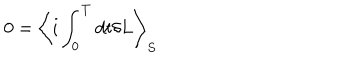
LaTeX: 0 = \left< i \int _ { 0 } ^ { T } d t \delta L \right> _ { S }